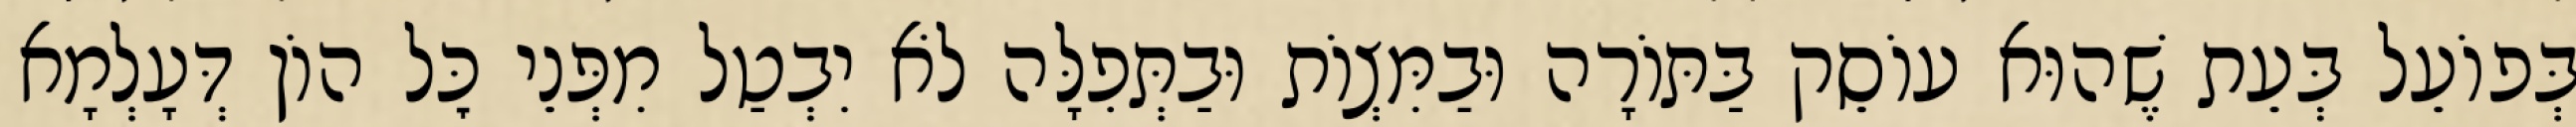
בְּפוֹעֵל בְּעֵת שֶׁהוּא עוֹסֵק בַּתּוֹרָה וּבַמִּצְוֹת וּבַתְּפִלָּה לֹא יִבְטַל מִפְּנֵי כׇּל הוֹן דְּעָלְמָא